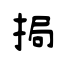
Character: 挶